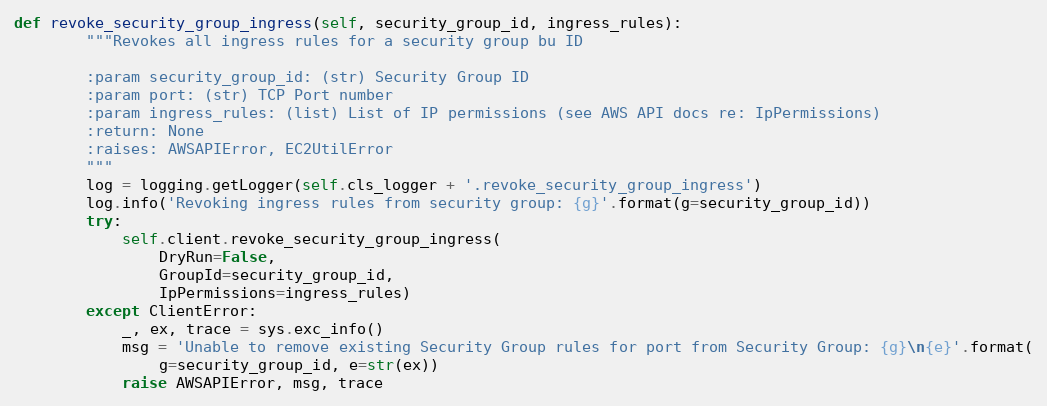
Language: Python
def revoke_security_group_ingress(self, security_group_id, ingress_rules):
        """Revokes all ingress rules for a security group bu ID

        :param security_group_id: (str) Security Group ID
        :param port: (str) TCP Port number
        :param ingress_rules: (list) List of IP permissions (see AWS API docs re: IpPermissions)
        :return: None
        :raises: AWSAPIError, EC2UtilError
        """
        log = logging.getLogger(self.cls_logger + '.revoke_security_group_ingress')
        log.info('Revoking ingress rules from security group: {g}'.format(g=security_group_id))
        try:
            self.client.revoke_security_group_ingress(
                DryRun=False,
                GroupId=security_group_id,
                IpPermissions=ingress_rules)
        except ClientError:
            _, ex, trace = sys.exc_info()
            msg = 'Unable to remove existing Security Group rules for port from Security Group: {g}\n{e}'.format(
                g=security_group_id, e=str(ex))
            raise AWSAPIError, msg, trace